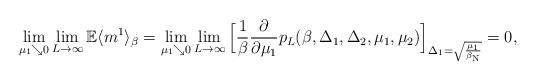
LaTeX: \begin{align*} \lim_{\mu_1 \searrow 0} \lim_{L\to \infty} \mathbb E \langle m^1 \rangle_\beta =\lim_{\mu_1 \searrow 0}\lim_{L\to\infty}\Big[ \frac{1}{\beta} \frac{\partial }{\partial \mu_1} p_L(\beta, \Delta_1, \Delta_2, \mu_1, \mu_2) \Big]_{\Delta_1 = \sqrt{\frac{\mu_1}{\beta_{\rm N}}} } =0,\end{align*}